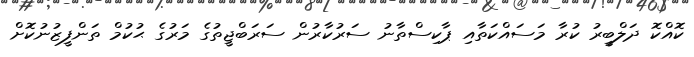
ކޮއްކޮ ދަލްބީރު ކުރާ މަސައްކަތާއި ޕާކިސްތާނު ސަރުކާރުން ސަރަބްޖީތުގެ މަރުގެ ޙުކުމް ތަންފީޒުނުކޮށް